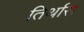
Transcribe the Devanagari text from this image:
तिर्थास